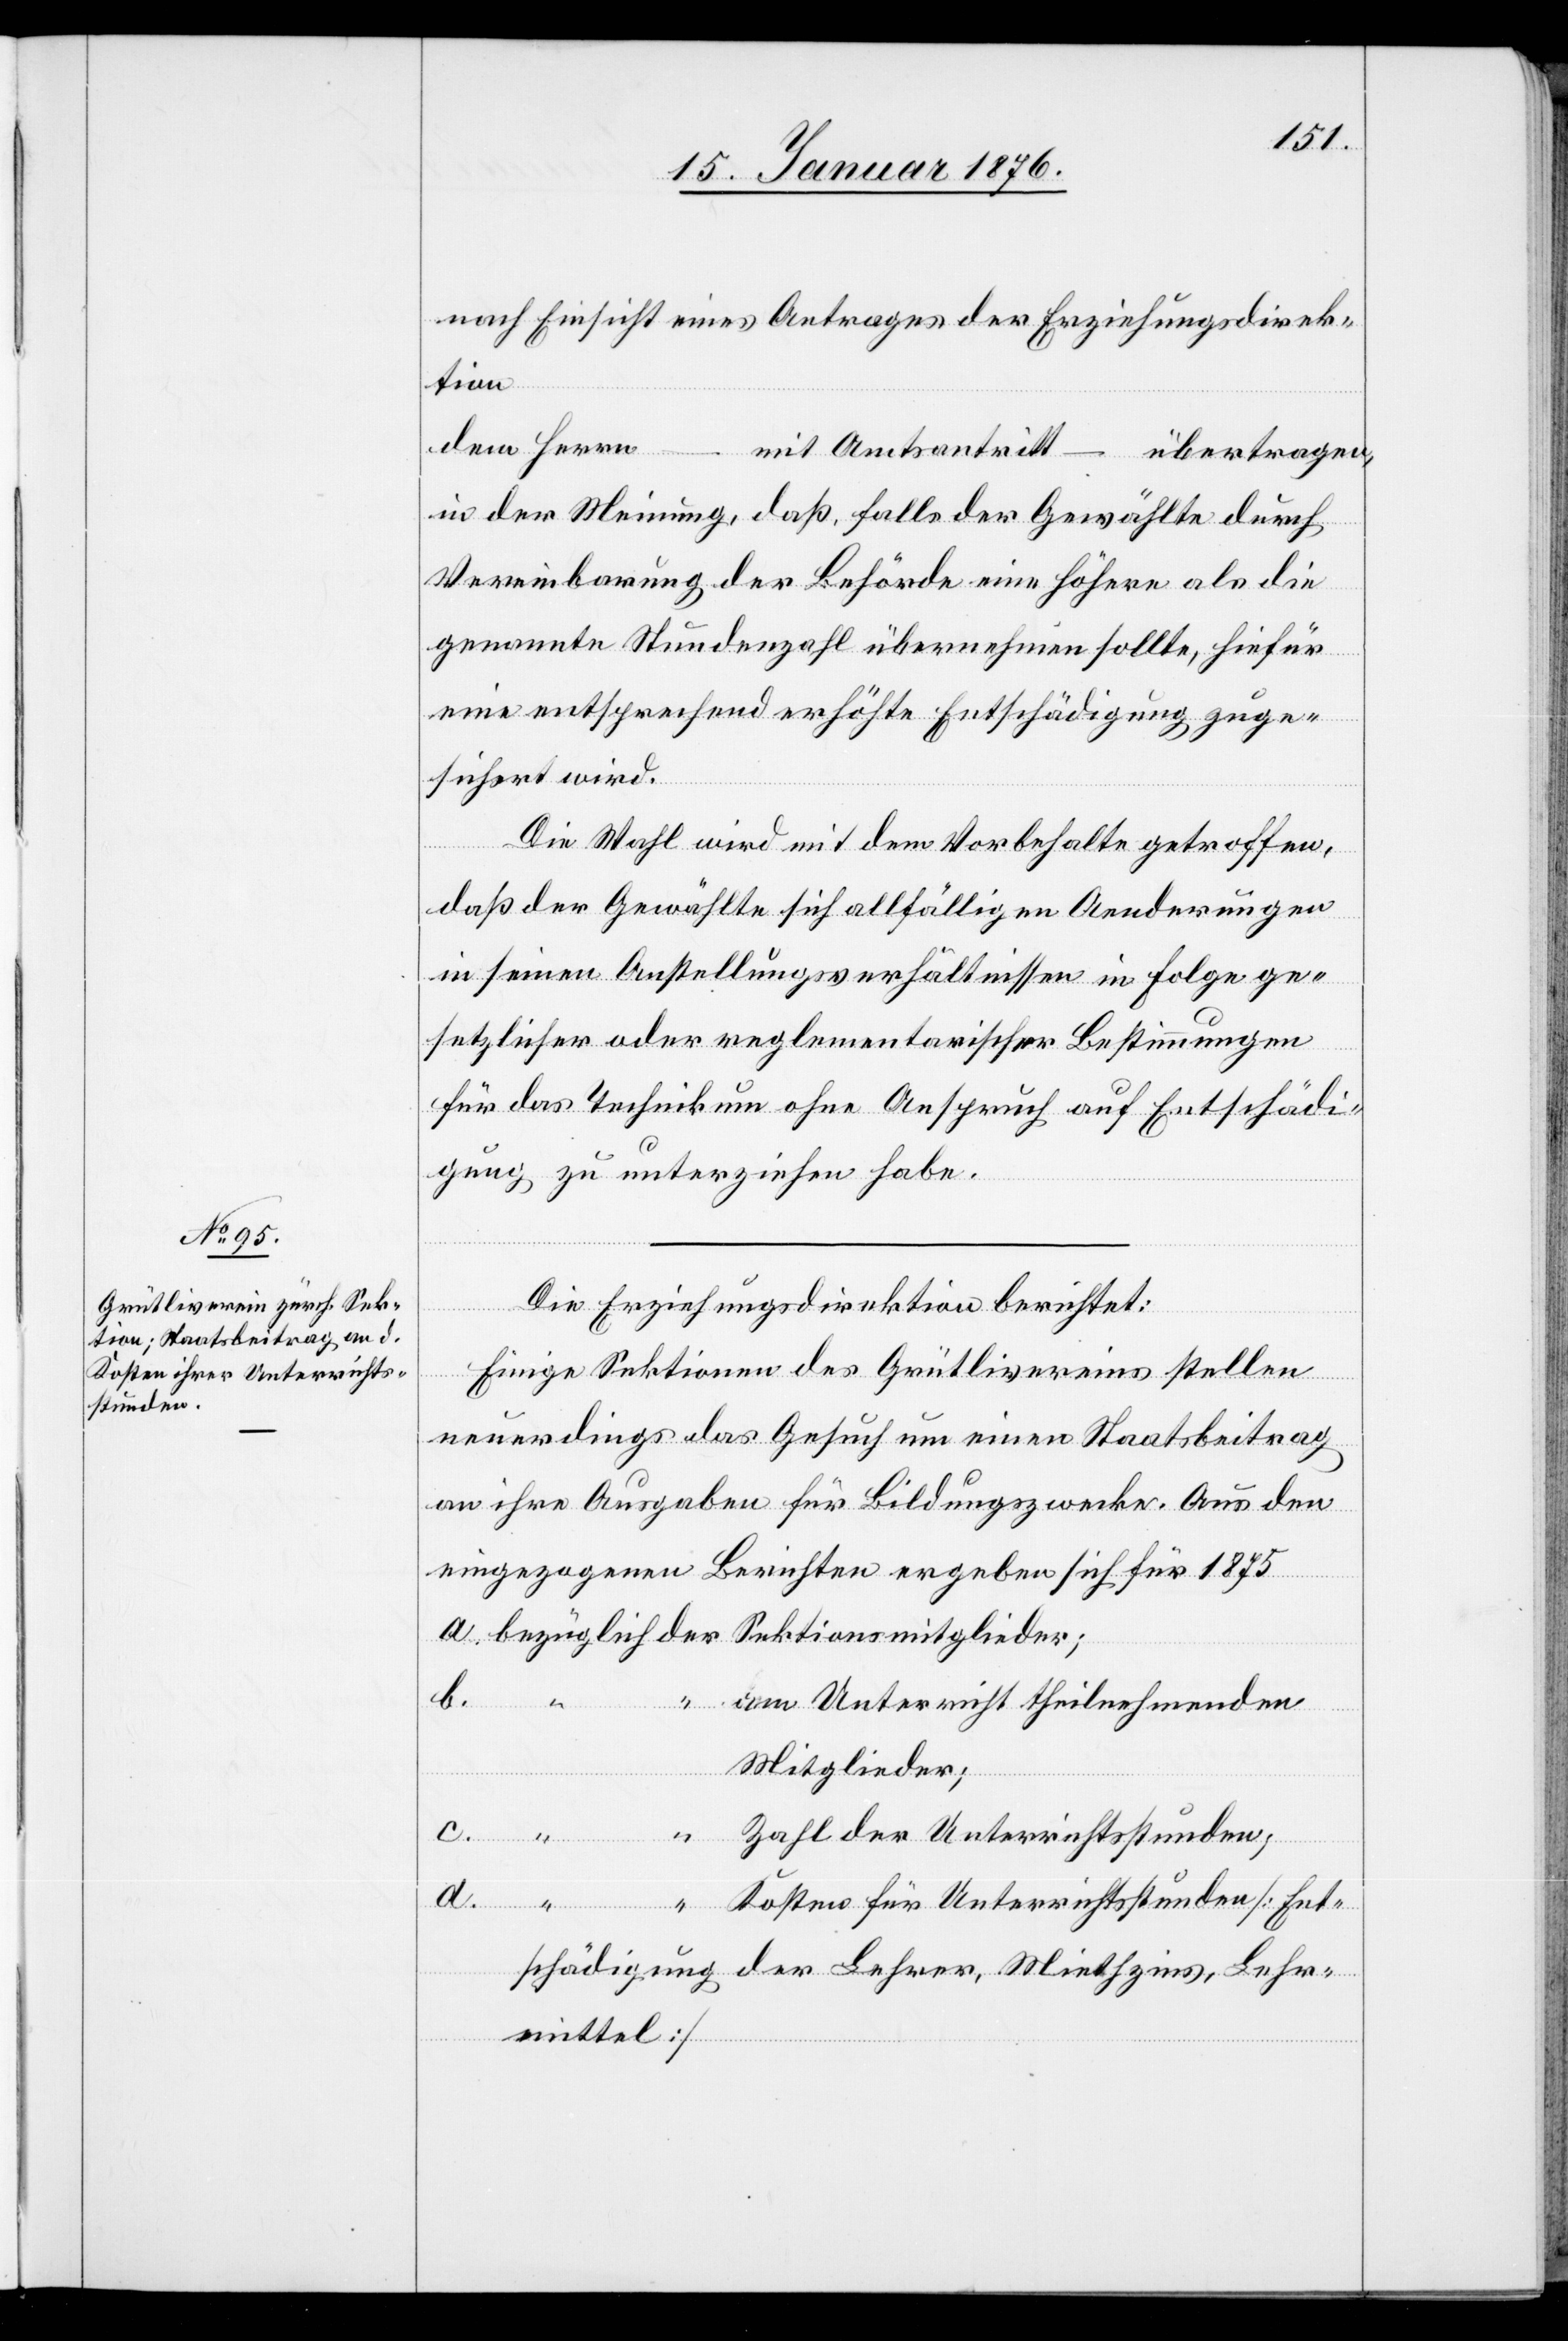
stunden;

nach Einsicht eines Antrage der Erziehungsdirek¬
tion
dem Herrn …
mit Amtsantritt …
übertragen,
in der Meinung, daß, falls der Gewählte durch
Vereinbarung der Behörde eine höhere als die
genannte Stundenzahl übernehmen sollte, hiefür
eine entsprechend erhöhte Entschädigung zuge¬
sichert wird.
Unter¬
Die Wahl wird mit dem Vorbehalte getroffen,
daß der Gewählte sich allfälligen Aenderungen
in seinen Anstellungsverhältnissen in Folge ge¬
setzlicher oder reglementarischer Bestimmungen
d.
für das Technikum ohne Anspruch auf Entschädi¬
gung zu unterziehen habe.
Die Erziehungsdirektion berichtet:
Einige Sektionen des Grütlivereins stellen
neuerdings das Gesuch um einen Staatsbeitrag
an ihre Ausgaben für Bildungszwecke. Aus den
eingezogenen Berichten ergeben sich für 1875
b.
am Unterricht theilnehmenden
Mitglieder;
richts¬
Kosten für Unterrichtsstunden [Ent¬
schädigung der Lehre, Mietzins, Lehr¬
mittel]